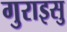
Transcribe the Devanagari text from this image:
गुराइसु